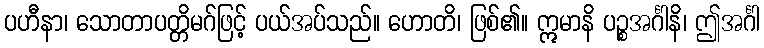
ပဟီနာ၊ သောတာပတ္တိမဂ်ဖြင့် ပယ်အပ်သည်။ ဟောတိ၊ ဖြစ်၏။ ဣမာနိ ပဉ္စအင်္ဂါနိ၊ ဤအင်္ဂါ